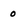
Character: 0